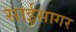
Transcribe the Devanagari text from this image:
साईसागर